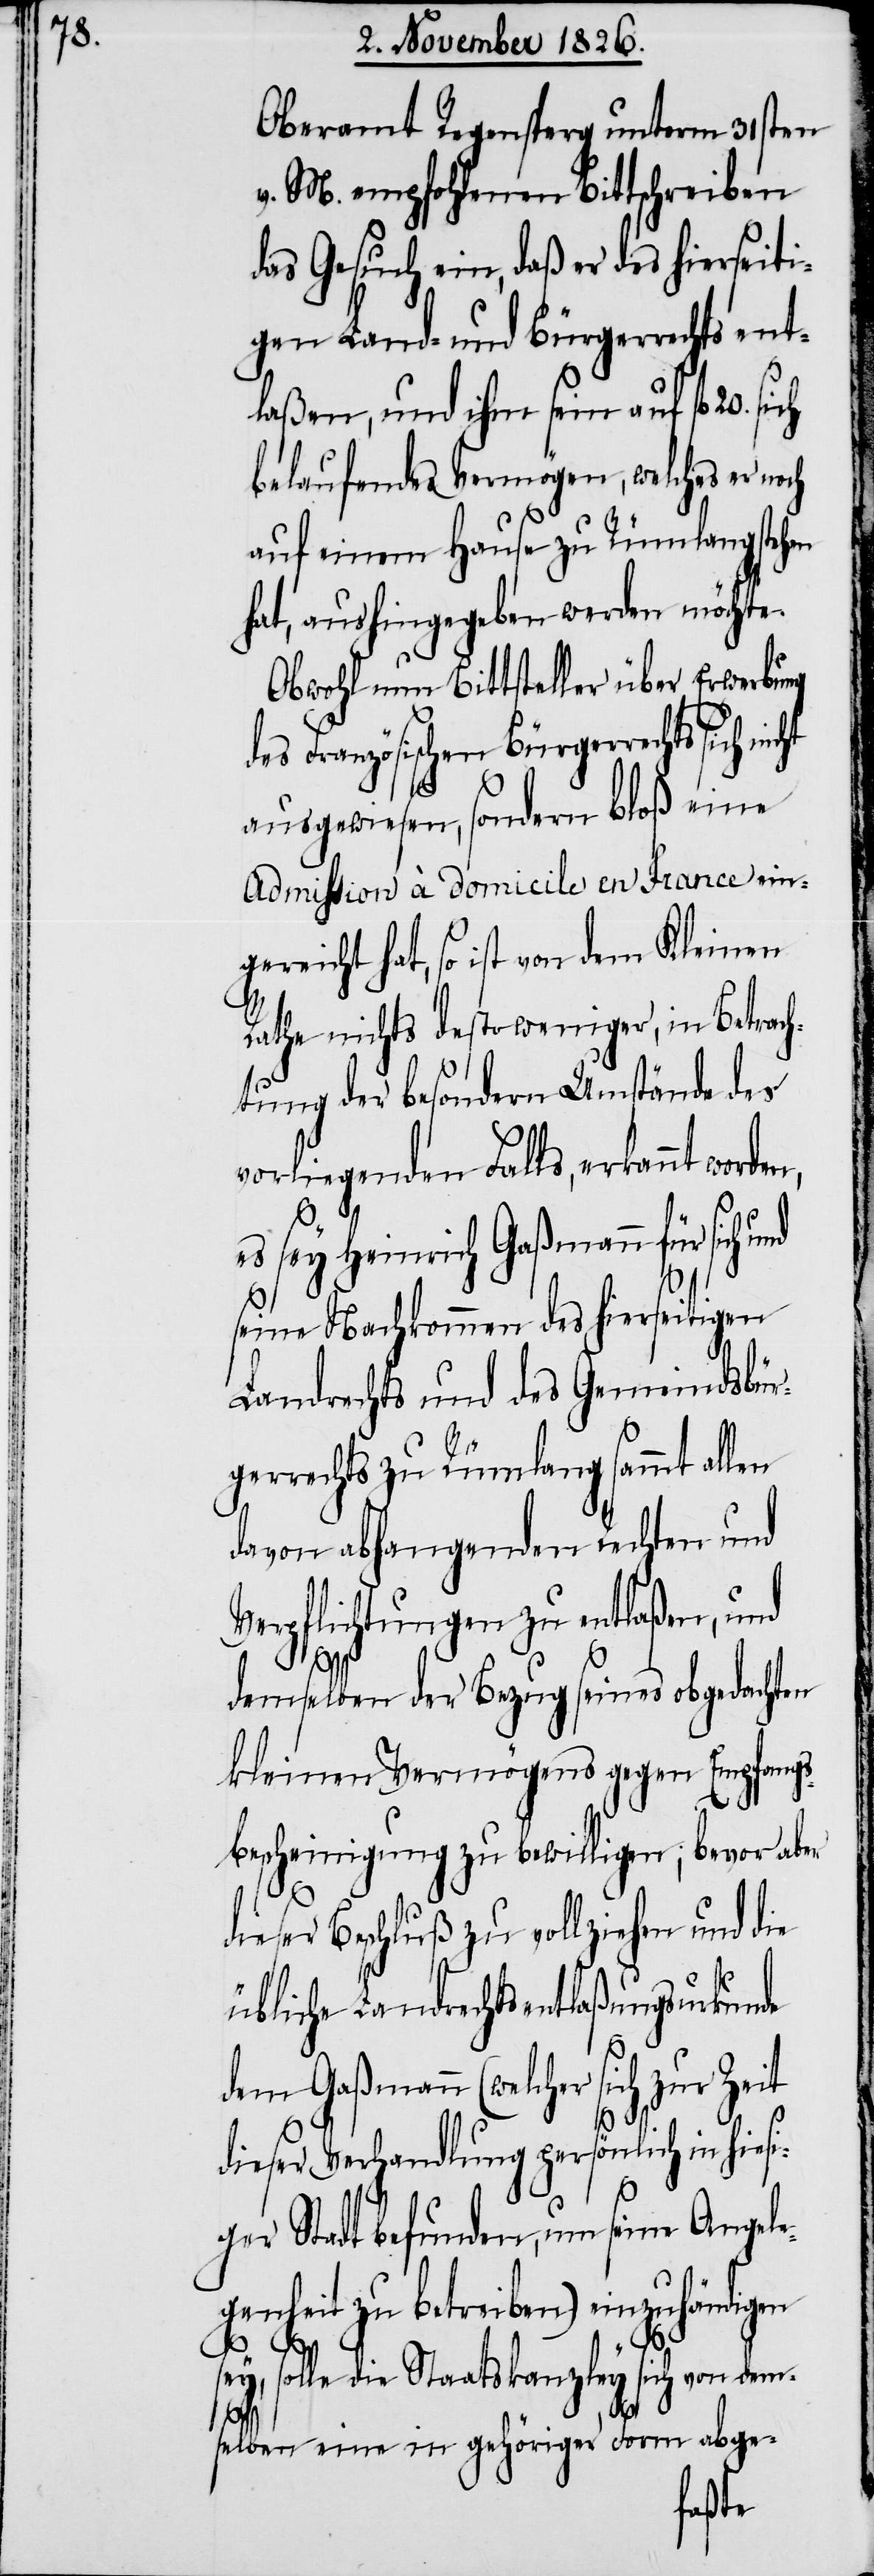
Oberamt Regensperg unterm 31sten
v. M. empfohlenen Bittschreiben
das Gesuch ein, daß er des hierseiti¬
gen Land- und Bürgerrechts ent¬
laßen, und ihm sein auf fl. 20.
belaufendes Vermögen, welches er noch
auf einem Hause zu Rümlang stehen
hat, aushingegeben werden möchte.
Obwohl nun Bittsteller über Erwerbung
des Französischen Bürgerrechts sich
ausgewiesen, sondern bloß eine
Admission à domicile en France ein¬
gereicht hat, so ist von dem Kleinen
Rathe nichts desto weniger, in Betrach¬
tung der besondern Umstände des
vorliegenden Falls, erkannt worde¬
es sey Heinrich Gaßmann für sich und
seine Nachkommen des hierseitigen
Landrechts und des Gemeindsbür¬
gerrechts zu Rümlang sammt allen
davon abhangenden Rechten und
Verpflichtungen zu entlaßen, und
demselben der Bezug seines obgedachten
kleinen Vermögens gegen Empfangs¬
bescheinigung zu bewilligen; bevor aber
dieser Beschluß zu vollziehen und die
übliche Landrechtsentlaßungsurkunde
dem Gaßmann (welcher sich zur Zeit
dieser Verhandlung persönlich in hiesi¬
ger Stadt befunden, um seine Angele¬
genheit zu betreiben) einzuhändigen
s¬
ey, solle die Staatskanzley sich von dem¬
selben eine in gehöriger Form abge-